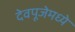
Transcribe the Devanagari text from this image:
देवपूजेमध्ये